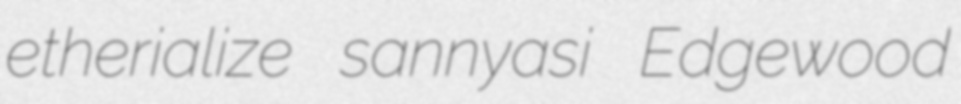
etherialize sannyasi Edgewood